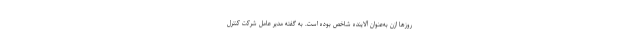
روزها ازن به‌عنوان آلاینده شاخص بوده است. به گفته مدیر عامل شرکت کنترل